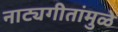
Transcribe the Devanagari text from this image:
नाट्यगीतांमुळे